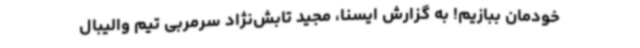
خودمان ببازیم! به‌ گزارش ایسنا، مجید تابش‌نژاد سرمربی تیم والیبال